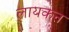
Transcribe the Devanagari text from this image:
लायकन